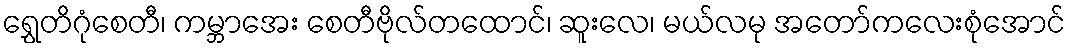
ရွှေတိဂုံစေတီ၊ ကမ္ဘာအေး စေတီဗိုလ်တထောင်၊ ဆူးလေ၊ မယ်လမု အတော်ကလေးစုံအောင်